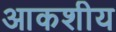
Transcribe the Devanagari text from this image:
आकशीय